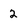
Character: 2